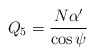
\begin{align*}Q_5 = \frac{N \alpha'}{\cos\psi}\end{align*}